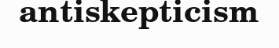
antiskepticism